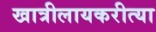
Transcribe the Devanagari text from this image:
खात्रीलायकरीत्या